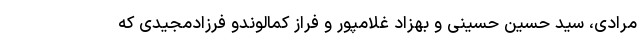
مرادی، سید حسین حسینی و بهزاد غلامپور و فراز کمالوندو فرزادمجیدی که